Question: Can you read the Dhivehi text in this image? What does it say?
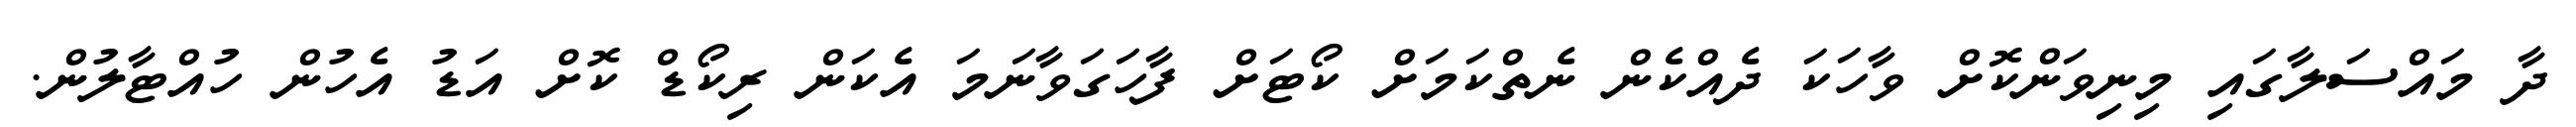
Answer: ދާ މައްސަލާގައި މިނިވަންކޮށް ވާހަކަ ދެއްކެން ނެތްކަމަށް ކޯޓަށް ފާހަގަވާނަމަ އެކަން ރިކޯޑް ކޮށް އަޑު އެހުން ހުއްޓާލުން.